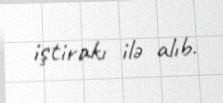
iştirakı ilə alıb.